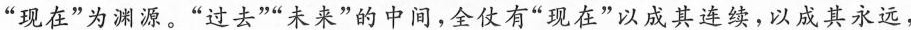
”现在”为渊源。”过去””未来”的中间，全仗有”现在”以成其连续，以成其永远，